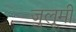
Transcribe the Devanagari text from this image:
जुलूमी